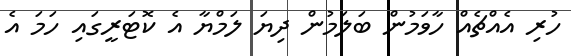
ހުރި އެއްޗެއް ހާވަމުން ބަލަމުން ދިޔަ ލަމްޔާ އެ ކޮޓަރީގައި ހަމަ އެ